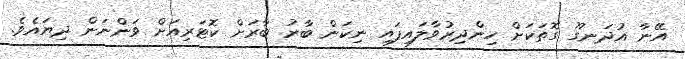
އޭނާ އުދަނގޫ ގޮތަކަށް ހިންދިރުވާލައިފައި ނިކަން ބާރު ބާރަށް ކޮޓަރިއަށް ވަންނަން ދިޔައެވެ.